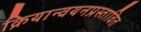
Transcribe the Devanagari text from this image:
क्रियान्वयनप्रस्तावित